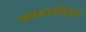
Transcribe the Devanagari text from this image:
एक्स्त्रसरेब्रल